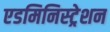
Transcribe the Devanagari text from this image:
एडमिनिस्‍ट्रेशन